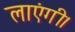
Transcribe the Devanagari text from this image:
लाएंगी।